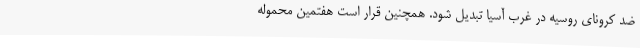
ضد کرونای روسیه در غرب آسیا تبدیل شود. همچنین قرار است هفتمین محموله